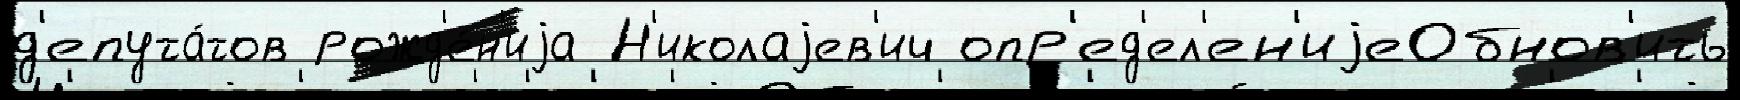
д'епута́тов рожд'е́н'иjа Н'иколаjев'ич опр'ед'ел'ен'иjеОбнов'ить